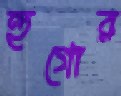
হুগোর